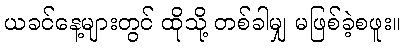
ယခင်နေ့များတွင် ထိုသို့ တစ်ခါမျှ မဖြစ်ခဲ့စဖူး။